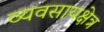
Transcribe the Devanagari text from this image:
व्यवसायक्षेत्र